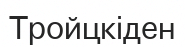
Тройцкіден